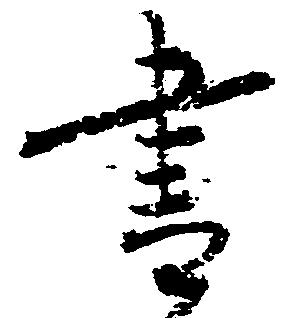
書